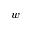
w